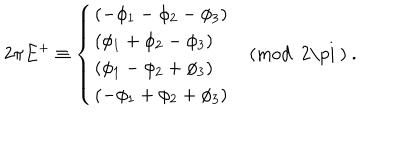
LaTeX: 2 \pi E ^ { + } \equiv \left\{ \begin{array} { l } { { ( - \phi _ { 1 } - \phi _ { 2 } - \phi _ { 3 } ) } } \\ { { ( \phi _ { 1 } + \phi _ { 2 } - \phi _ { 3 } ) } } \\ { { ( \phi _ { 1 } - \phi _ { 2 } + \phi _ { 3 } ) } } \\ { { ( - \phi _ { 1 } + \phi _ { 2 } + \phi _ { 3 } ) } } \\ \end{array} \quad \mathrm { ( m o d ~ 2 \ p i ~ ) } ~ . \right.